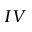
I V